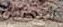
التعدين